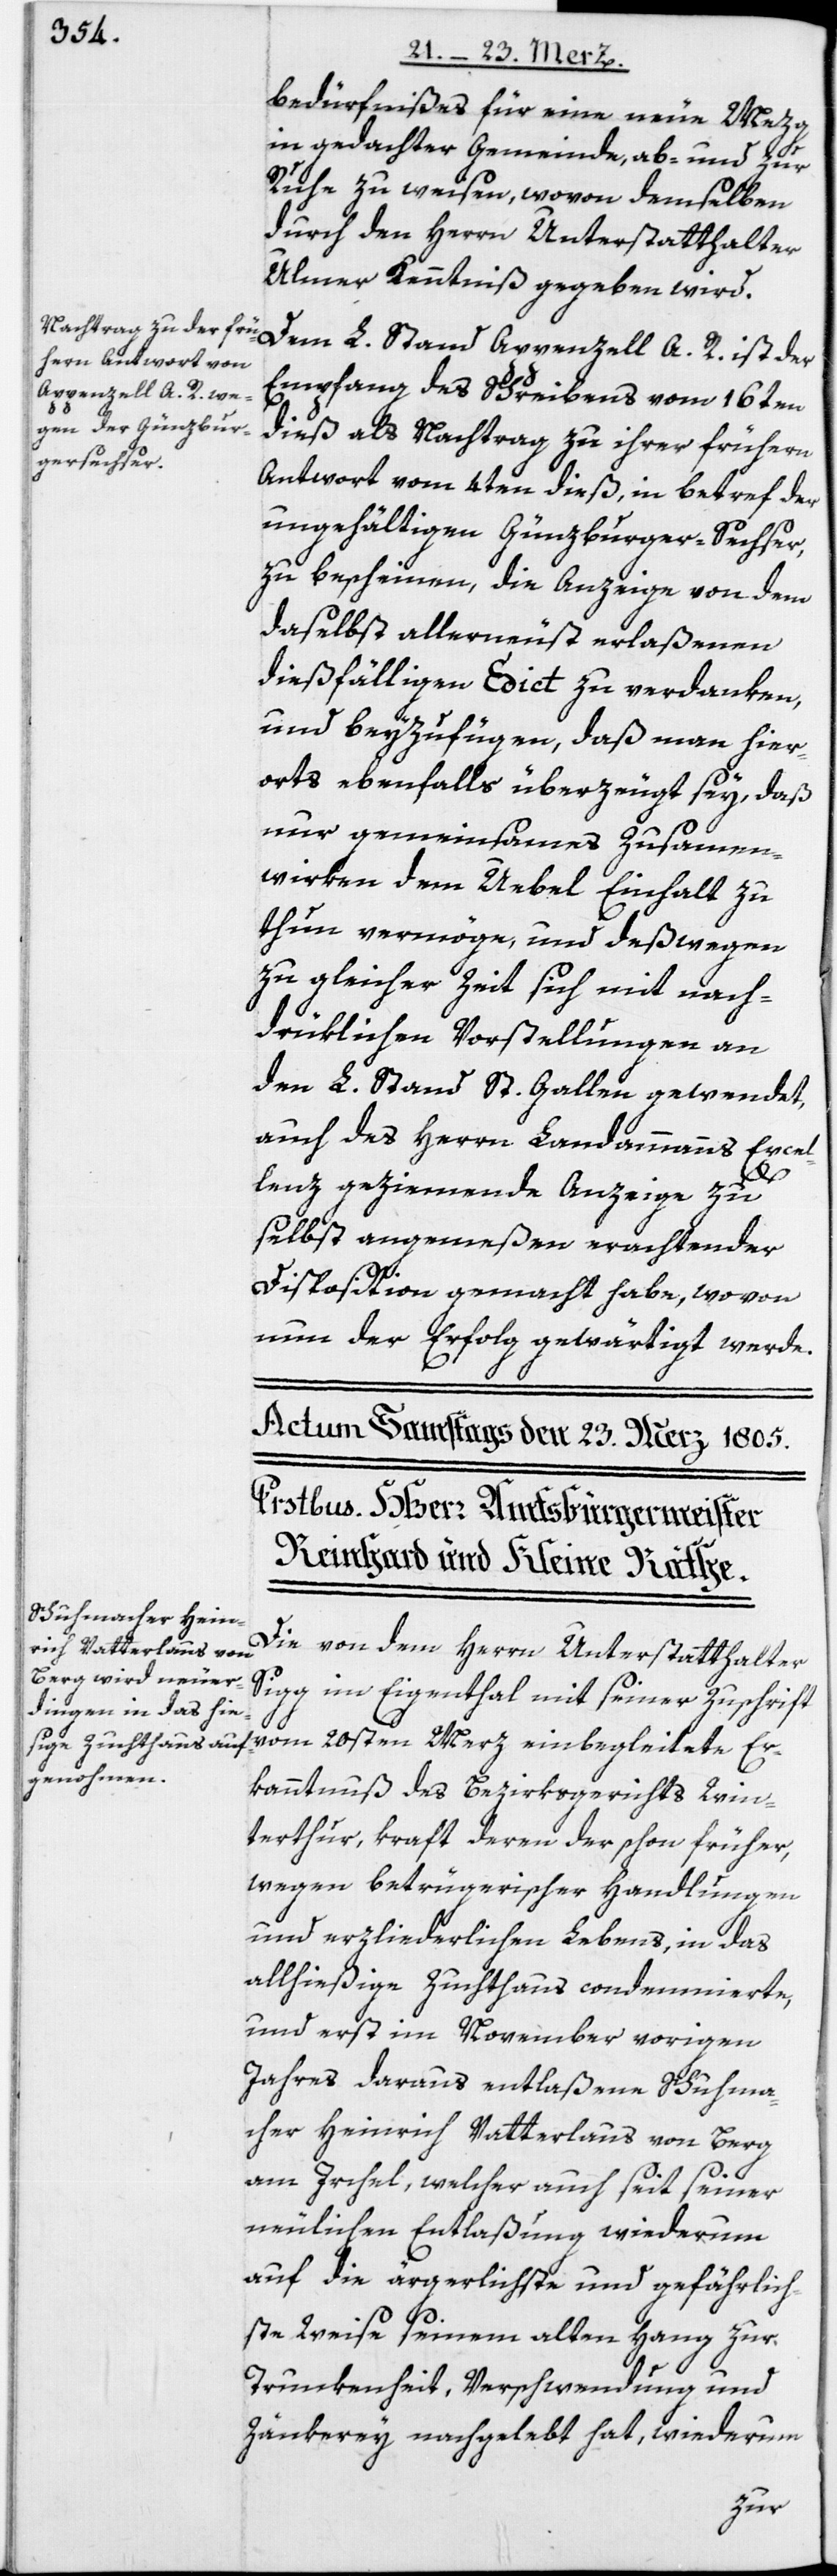
bedürfnißes für eine neue Mezg
in gedachter Gemeinde, ab- und zur
Ruhe zu weisen, wovon demselben
durch den Herrn Unterstatthalter
Ulmer Kenntniß gegeben wird.
Dem L. Stand Appenzell A. R. ist der
Empfang des Schreibens vom 16ten
dieß als Nachtrag zu ihrer frühern
Antwort vom 4ten dieß, in betref der
ungehältigen Günzburger-Sechser,
zu bescheinen, die Anzeige von dem
daselbst allerneust erlaßenen
dießfälligen Edict zu verdanken,
und beyzufügen, daß man hier¬
orts ebenfalls überzeugt sey, daß
nur gemeinsames Zusam[m]en¬
wirken dem Uebel Einhalt zu
thun vermöge, und deßwegen
zu gleicher Zeit sich mit nach¬
drüklichen Vorstellungen an
den L. Stand St. Gallen gewendet,
auch des Herrn Landammanns Excel¬
lenz geziemende Anzeige zu
selbst angemeßen erachtender
Disposition gemacht habe, wovon
nun der Erfolg gewärtigt werde.
Die von dem Herrn Unterstatthalter
Sigg im Eigenthal mit seiner Zuschrift
vom 20sten Merz einbegleitete Er¬
kanntnuß des Bezirksgerichts Win¬
terthur, kraft deren der schon früher,
wegen betrügerischer Handlungen
und erzliederlichen Lebens, in das
allhießige Zuchthaus condemnierte,
und erst im November vorigen
Jahres daraus entlaßene Schuhma¬
cher Heinrich Vatterlaus von Berg
am Irchel, welcher auch seit seiner
neulichen Entlaßung wiederum
auf die ärgerlichste und gefährlich¬
ste Weise seinem alten Hang zur
Trunkenheit, Verschwendung und
Zänkerey nachgelebt hat, wiederum